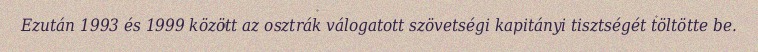
Ezután 1993 és 1999 között az osztrák válogatott szövetségi kapitányi tisztségét töltötte be.